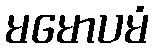
မမောပမံ